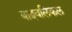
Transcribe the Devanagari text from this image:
बाइबलिकल